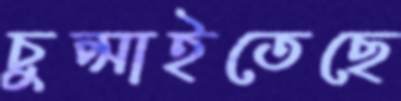
চুপ্‌সাইতেছে